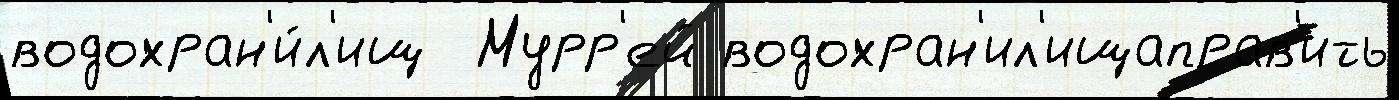
водохран'и́л'ищ  Мурр'ей водохран'ил'ищаправ'ить